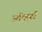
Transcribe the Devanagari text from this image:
ऑव्हर्स